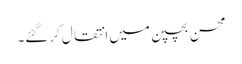
محسن بچپن میں انتقال کرگئے۔